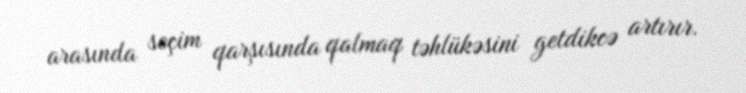
arasında seçim qarşısında qalmaq təhlükəsini getdikcə artırır.